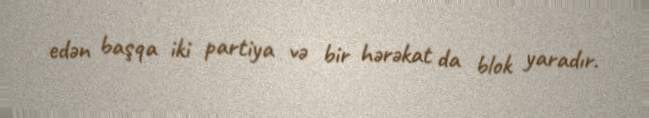
edən başqa iki partiya və bir hərəkat da blok yaradır.